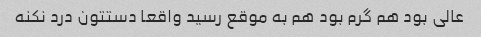
عالی بود هم گرم بود هم به موقع رسید واقعا دستتون درد نکنه